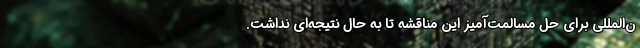
ن‌المللی برای حل مسالمت‌آمیز این مناقشه تا به حال نتیجه‌ای نداشت.